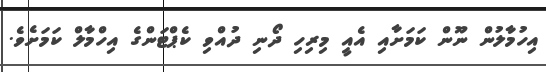
އިހުމާލުން ނޫން ކަމަށާއި އެއީ މިރިހި ދޯނި ދުއްވި ކެޕްޓަންގެ އިހްމާލް ކަމަށެވެ.